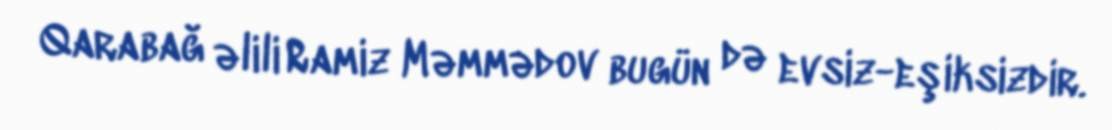
Qarabağ əlili Ramiz Məmmədov bugün də evsiz-eşiksizdir.